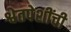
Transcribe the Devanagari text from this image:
श्वेतपेशींची